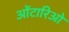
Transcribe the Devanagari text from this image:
ओंटारिओ